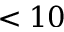
< 1 0